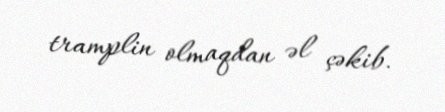
tramplin olmaqdan əl çəkib.